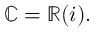
\mathbb { C } = \mathbb { R } ( i ) .